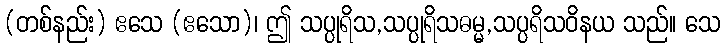
(တစ်နည်း) ဧသေ (ဧသော)၊ ဤ သပ္ပုရိသ,သပ္ပုရိသဓမ္မ,သပ္ပရိသဝိနယ သည်။ သေ